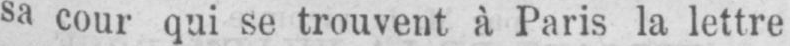
sa cour qui se trouvent à Paris la lettre